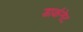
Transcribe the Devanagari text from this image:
डार्कनेट